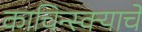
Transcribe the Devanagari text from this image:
काचिन्स्क्याचे